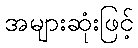
အများဆုံးဖြင့်